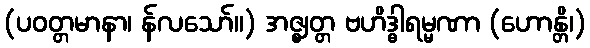
(ပဝတ္တမာနာ၊ န်လသော်။) အဇ္ဈတ္တ ဗဟိဒ္ဓါရမ္မဏာ (ဟောန္တိ၊)